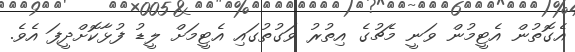
އެގޮތުން އެޓީމުން ވަނީ މެޗުގެ އިތުރު ވަގުތުގައި އެޓީމަށް ލީޑު ފުޅާކޮށްދީފަ އެވެ.